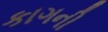
કાગની